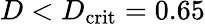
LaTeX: D<D_{\mathrm{crit}}=0.65